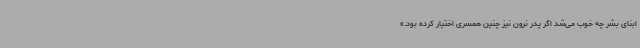
ابنای بشر چه خوب می‌شد اگر پدر نرون نیز چنین همسری اختیار کرده بود.»